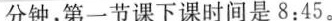
分钟，第一节课下课时间是8:45。